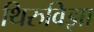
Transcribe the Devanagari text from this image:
थिरुविझा